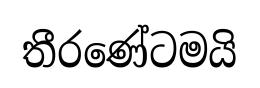
තීරණේටමයි